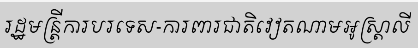
រដ្ឋមន្ត្រីការបរទេស-ការពារជាតិវៀតណាមអូស្ត្រាលី